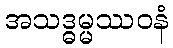
အသဒ္ဓမ္မဿဝနံ